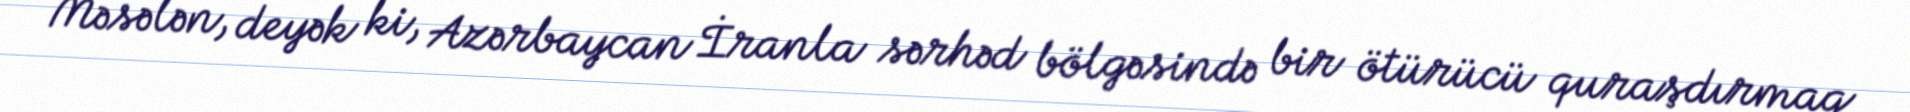
Məsələn, deyək ki, Azərbaycan İranla sərhəd bölgəsində bir ötürücü quraşdırmaq